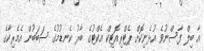
އާ ބިލް ފާސްނުވެ އުޅެނިކޮށް ޕެޓްރިއޮޓިކް އެކްޓުގެ ބާރު ކެނޑުމުގެ ސަބަބުން އެމެރިކާގެ